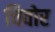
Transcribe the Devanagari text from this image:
चिवोर